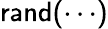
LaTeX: \mathrm{\sf rand(\cdots)}